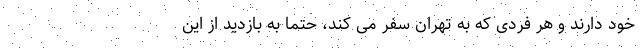
خود دارند و هر فردی که به تهران سفر می کند، حتما به بازدید از این